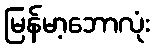
မြန်မာ့ဘောလုံး